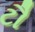
ટૌ